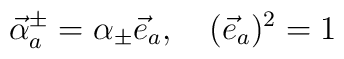
\vec{\alpha}_{a}^{\pm}=\alpha_{\pm}\vec{e}_{a},\quad(\vec{e}_{a})^{2}=1